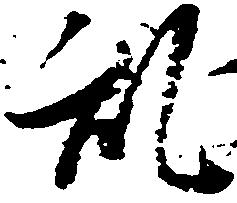
乱